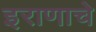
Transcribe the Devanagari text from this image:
इराणाचे